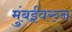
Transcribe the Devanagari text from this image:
मुंबईवरुन